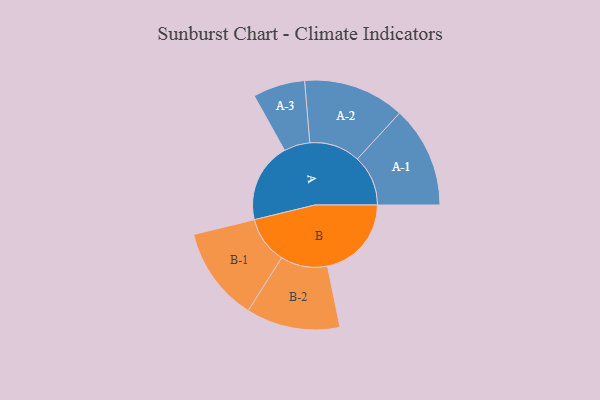
{"axis": {"x": "Segment", "y": "Value"}, "legend": ["", "A", "B"], "data": [{"x": "A", "y": 423, "type": ""}, {"x": "B", "y": 445, "type": ""}, {"x": "A-1", "y": 269, "type": "A"}, {"x": "A-2", "y": 269, "type": "A"}, {"x": "A-3", "y": 138, "type": "A"}, {"x": "B-1", "y": 250, "type": "B"}, {"x": "B-2", "y": 249, "type": "B"}]}